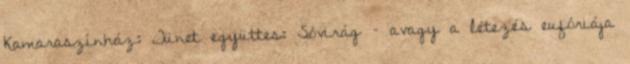
Kamaraszínház: Tünet együttes: Sóvirág – avagy a létezés eufóriája